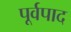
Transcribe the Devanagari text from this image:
पूर्वपाद